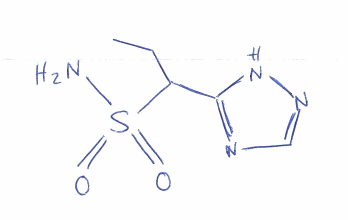
Simplified molecular-input line-entry system (SMILES) notation of the given molecule:
CCC(C1=NC=NN1)S(=O)(=O)N